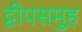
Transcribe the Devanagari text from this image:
द्वीपसमुह